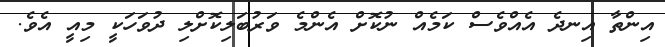
އިންތާ އިނދެ އެއްވެސް ކަމެއް ނުކޮށް އެންމެ ވަރުބަލިކޮށްލި ދުވަހަކީ މިއީ އެވެ.